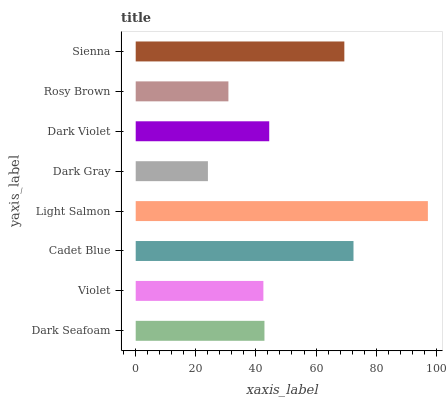
| yaxis_label | bars |
 | --- | --- |
 | Dark Seafoam | 42.8 |
 | Violet | 42.5 |
 | Cadet Blue | 72.5 |
 | Light Salmon | 97.2 |
 | Dark Gray | 24 |
 | Dark Violet | 44.4 |
 | Rosy Brown | 30.8 |
 | Sienna | 69.4 |